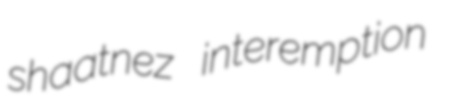
shaatnez interemption